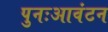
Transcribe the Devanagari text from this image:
पुनःआवंटन